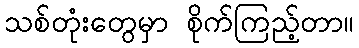
သစ်တုံးတွေမှာ စိုက်ကြည့်တာ။